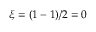
\xi = ( 1 - 1 ) / 2 = 0